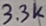
Text: 3.3K